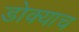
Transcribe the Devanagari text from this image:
डोक्याच